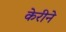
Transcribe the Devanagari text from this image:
केरीने